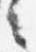
言